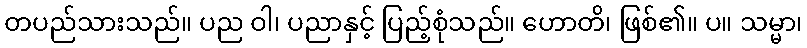
တပည်သားသည်။ ပည ဝါ၊ ပညာနှင့် ပြည့်စုံသည်။ ဟောတိ၊ ဖြစ်၏။ ပ။ သမ္မာ၊